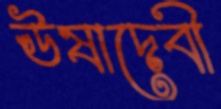
ঊষাদেবী